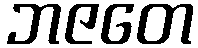
ဘဇတေ